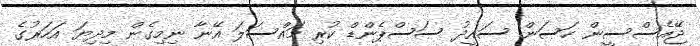
ޖޭއެސްސީން ހަސަން ސައީދު ސަސްޕެންޑް ކުރި މައްސަލަ އޭނާ ނިމިގެން މިދިޔަ އަހަރުގެ